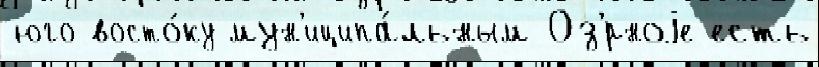
юго-восто́ку мун'иципа́льным Оз'́рноjе есть